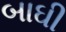
બાઘી